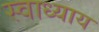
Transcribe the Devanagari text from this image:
स्‍वाध्‍याय